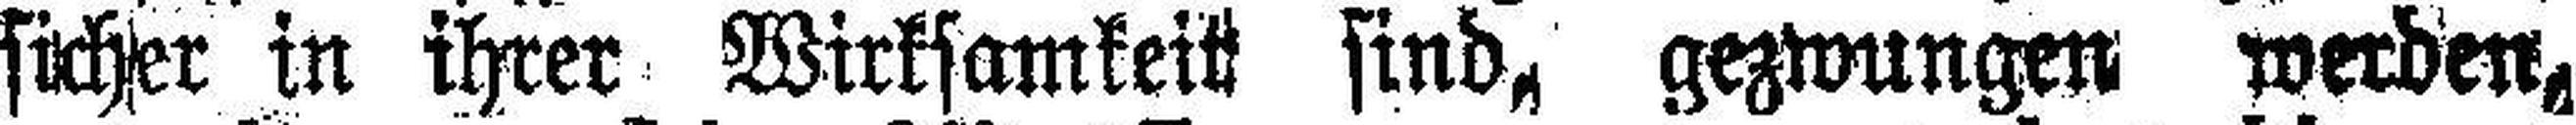
sicher in ihrer Wirksamkeit sind, gezwungen werden,